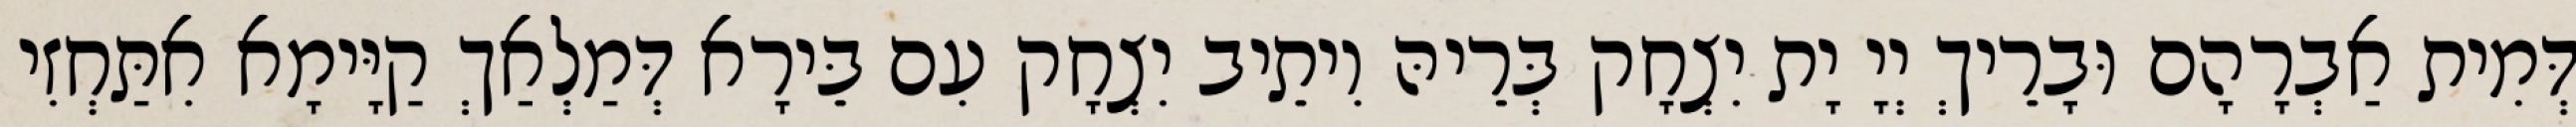
דְּמִית אַבְרָהָם וּבָרֵיךְ יְיָ יָת יִצְחָק בְּרֵיהּ וִיתֵיב יִצְחָק עִם בֵּירָא דְּמַלְאַךְ קַיָּימָא אִתַּחְזִי